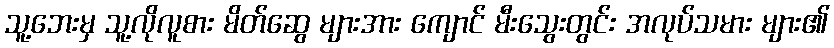
သူ့ဘေးမှ သူ့လိုလူစား မိတ်ဆွေ များအား ကျောင် မီးသွေးတွင်း အလုပ်သမား များ၏